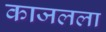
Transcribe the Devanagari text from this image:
काजलला